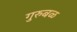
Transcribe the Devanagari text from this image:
गुरुबळ